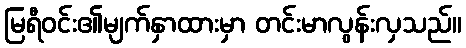
မြရီဝင်း၏မျက်နှာထားမှာ တင်းမာလွန်းလှသည်။